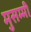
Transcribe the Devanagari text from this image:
मुसम्मी